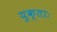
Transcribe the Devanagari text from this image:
युक्ताः